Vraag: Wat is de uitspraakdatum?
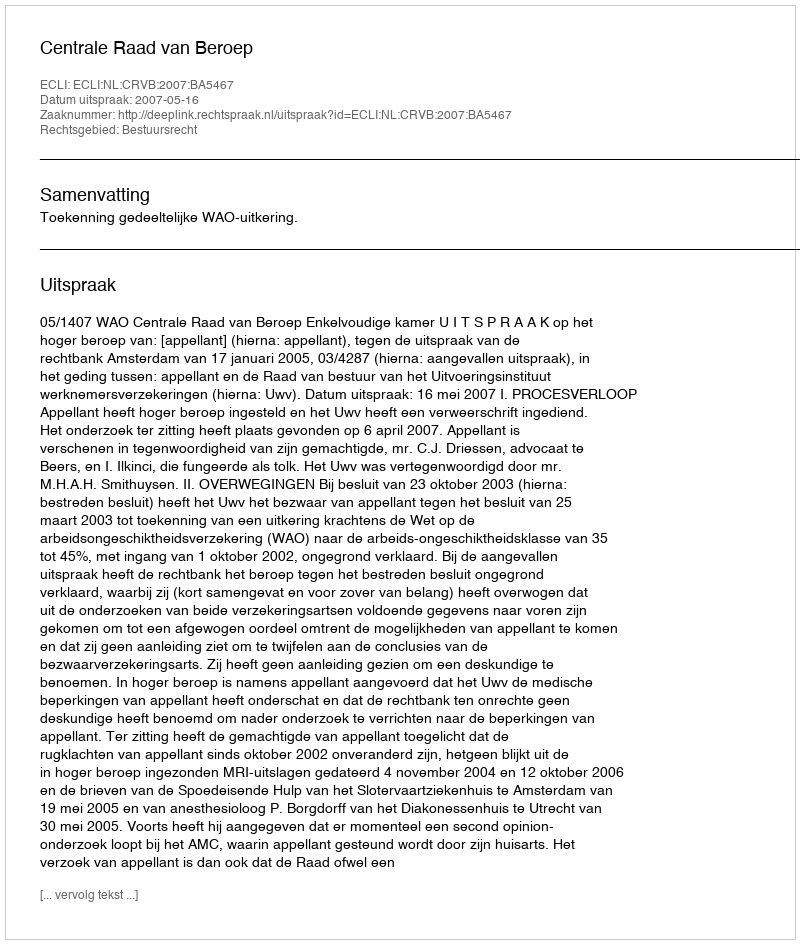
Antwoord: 2007-05-16